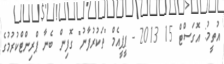
އުތީމު: އޮގަސްޓް 15 2013 - ޕީޕީއެމް "ތަކުރުފާނު" ގޮފިން ބެނާ ޕްރިންޓްކުރުމުގެ